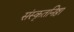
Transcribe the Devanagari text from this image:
संस्कृतनिष्ठा